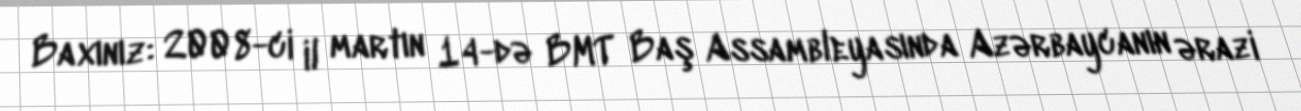
Baxınız: 2008-ci il martın 14-də BMT Baş Assambleyasında Azərbaycanın ərazi